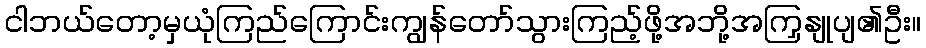
ငါဘယ်တော့မှယုံကြည်ကြောင်းကျွန်တော်သွားကြည့်ဖို့အဘို့အကြှနျုပျ၏ဦး။